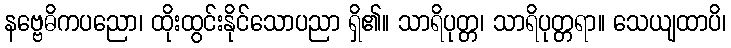
နဗ္ဗေဓိကပညော၊ ထိုးထွင်းနိုင်သောပညာ ရှိ၏။ သာရိပုတ္တ၊ သာရိပုတ္တရာ။ သေယျထာပိ၊